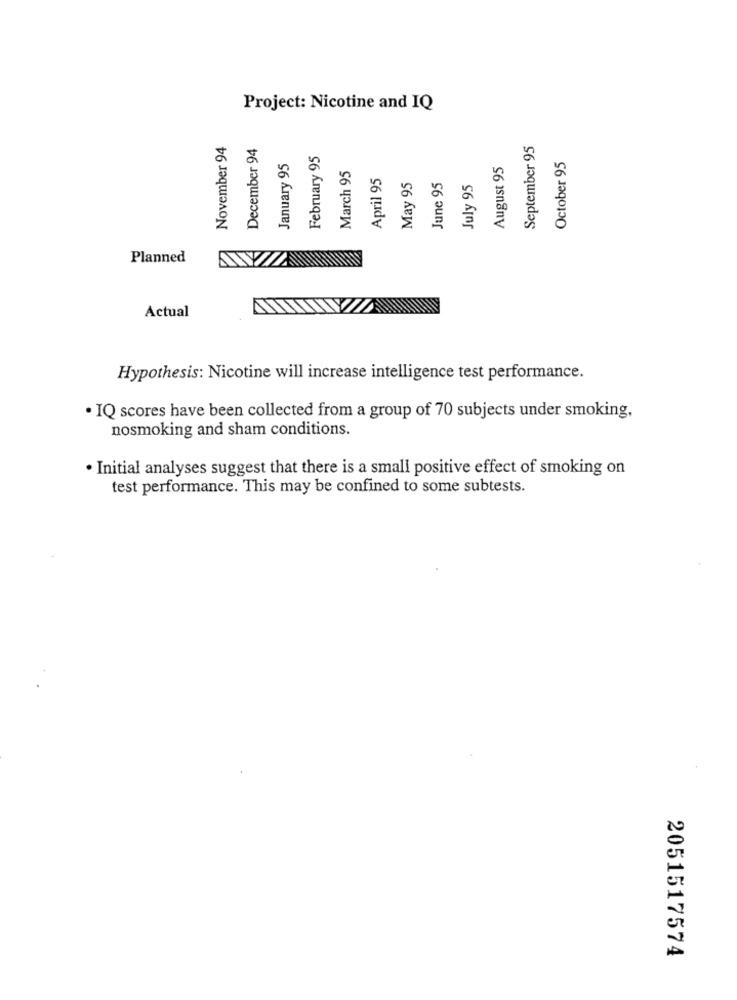
Project: Nicotine and IQ
November 94
December 94
September 95
February 95
January 95
August 95
October 95
March 95
April 95
May 95
June 95
July 95
Planned
Actual
Hypothesis: Nicotine will increase intelligence test performance.
· IQ scores have been collected from a group of 70 subjects under smoking,
nosmoking and sham conditions.
· Initial analyses suggest that there is a small positive effect of smoking on
test performance. This may be confined to some subtests.
2051517574